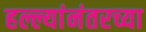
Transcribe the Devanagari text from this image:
हल्ल्यांनंतरच्या